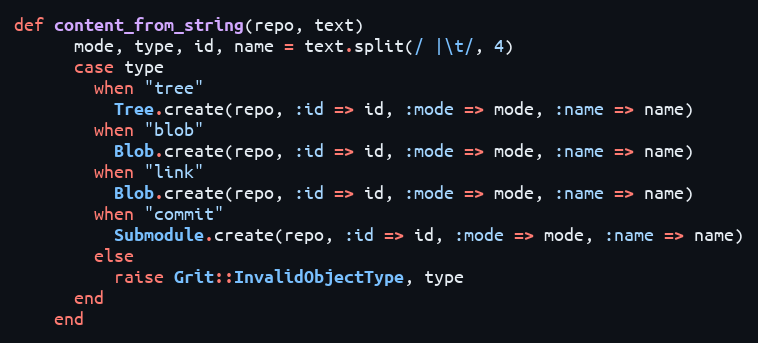
Language: Ruby
def content_from_string(repo, text)
      mode, type, id, name = text.split(/ |\t/, 4)
      case type
        when "tree"
          Tree.create(repo, :id => id, :mode => mode, :name => name)
        when "blob"
          Blob.create(repo, :id => id, :mode => mode, :name => name)
        when "link"
          Blob.create(repo, :id => id, :mode => mode, :name => name)
        when "commit"
          Submodule.create(repo, :id => id, :mode => mode, :name => name)
        else
          raise Grit::InvalidObjectType, type
      end
    end